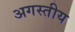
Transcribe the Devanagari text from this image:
अगस्तीय